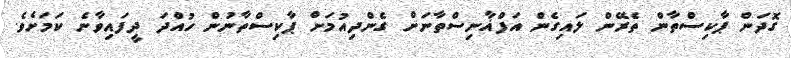
ގޮދަން ޕާކިސްތާން ތެރޭން ލައިގެން އަފްޣާނިސްތާނަށް ގެންދިއުމަށް ޕާކިސްތާނުން ހުއްދަ ދީފައިވާނެ ކަމަށެވެ.